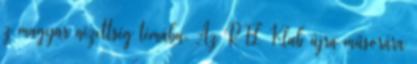
z magyar nézettség témába. Az RTL Klub újra műsorára